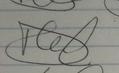
Signature authenticity: forged